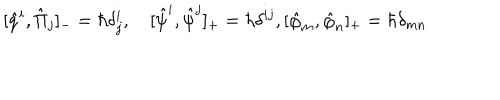
LaTeX: [ \hat { q } ^ { i } , \hat { \Pi } _ { j } ] _ { - } = \hbar \delta _ { j } ^ { i } , \quad [ \hat { \psi } ^ { i } , \hat { \psi } ^ { j } ] _ { + } = \hbar \delta ^ { i j } , [ \hat { \varphi } _ { m } , \hat { \varphi } _ { n } ] _ { + } = \hbar \delta _ { m n }